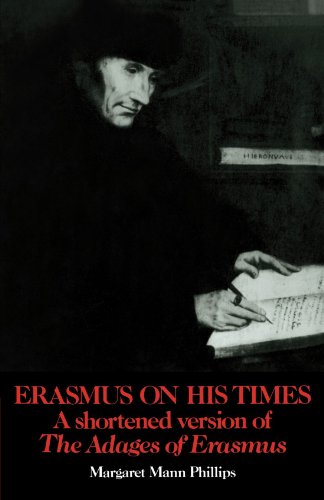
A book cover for Erasmus on His Times: A Shortened Version of the 'Adages' of Erasmus; Margaret Mann Phillips; Politics & Social Sciences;